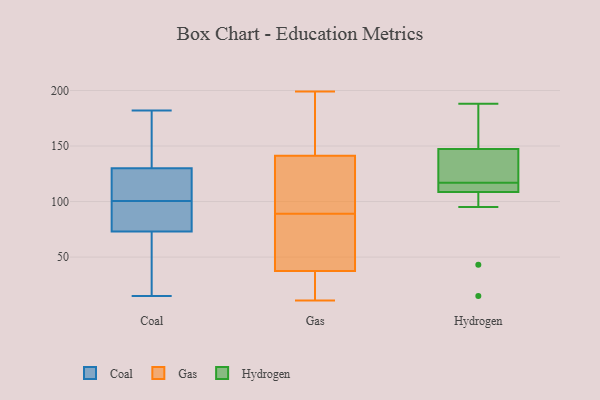
{"axis": {"x": "Net Income (USD K)", "y": "Value"}, "legend": ["Coal", "Gas", "Hydrogen"], "data": [{"x": "", "y": 177, "type": "Coal"}, {"x": "", "y": 182, "type": "Coal"}, {"x": "", "y": 126, "type": "Coal"}, {"x": "", "y": 15, "type": "Coal"}, {"x": "", "y": 89, "type": "Coal"}, {"x": "", "y": 136, "type": "Coal"}, {"x": "", "y": 108, "type": "Coal"}, {"x": "", "y": 89, "type": "Coal"}, {"x": "", "y": 33, "type": "Coal"}, {"x": "", "y": 170, "type": "Coal"}, {"x": "", "y": 94, "type": "Coal"}, {"x": "", "y": 78, "type": "Coal"}, {"x": "", "y": 130, "type": "Coal"}, {"x": "", "y": 16, "type": "Coal"}, {"x": "", "y": 114, "type": "Coal"}, {"x": "", "y": 107, "type": "Coal"}, {"x": "", "y": 73, "type": "Coal"}, {"x": "", "y": 47, "type": "Coal"}, {"x": "", "y": 134, "type": "Gas"}, {"x": "", "y": 139, "type": "Gas"}, {"x": "", "y": 148, "type": "Gas"}, {"x": "", "y": 52, "type": "Gas"}, {"x": "", "y": 199, "type": "Gas"}, {"x": "", "y": 38, "type": "Gas"}, {"x": "", "y": 18, "type": "Gas"}, {"x": "", "y": 117, "type": "Gas"}, {"x": "", "y": 62, "type": "Gas"}, {"x": "", "y": 176, "type": "Gas"}, {"x": "", "y": 11, "type": "Gas"}, {"x": "", "y": 116, "type": "Gas"}, {"x": "", "y": 36, "type": "Gas"}, {"x": "", "y": 26, "type": "Gas"}, {"x": "", "y": 61, "type": "Gas"}, {"x": "", "y": 154, "type": "Gas"}, {"x": "", "y": 89, "type": "Gas"}, {"x": "", "y": 142, "type": "Hydrogen"}, {"x": "", "y": 15, "type": "Hydrogen"}, {"x": "", "y": 114, "type": "Hydrogen"}, {"x": "", "y": 117, "type": "Hydrogen"}, {"x": "", "y": 43, "type": "Hydrogen"}, {"x": "", "y": 163, "type": "Hydrogen"}, {"x": "", "y": 116, "type": "Hydrogen"}, {"x": "", "y": 123, "type": "Hydrogen"}, {"x": "", "y": 172, "type": "Hydrogen"}, {"x": "", "y": 126, "type": "Hydrogen"}, {"x": "", "y": 113, "type": "Hydrogen"}, {"x": "", "y": 95, "type": "Hydrogen"}, {"x": "", "y": 188, "type": "Hydrogen"}]}